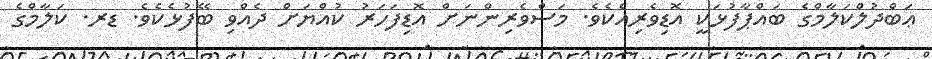
ޢަބްދުލްކަލާމްގެ ބައްޕާފުޅަކީ އޮޑިވެރިއެކެވެ. މަސްވެރިންނަށް އޮޑިފަހަރު ކުއްޔަށް ދެއްވި ބޭފުޅެކެވެ. ޑރ. ކަލާމްގެ